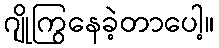
ဂျိုကြွနေခဲ့တာပေါ့။